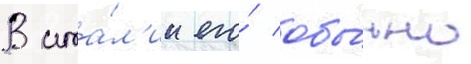
В ита́л'ии его́ обы́чно